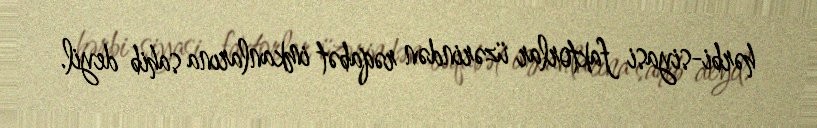
hərbi-siyasi faktorlar üzərindən rəqabət imkanlarına sahib deyil.